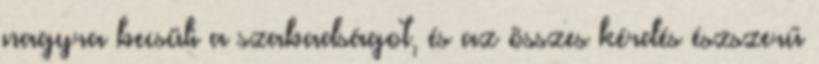
nagyra becsüli a szabadságot, és az összes kérdés észszerű